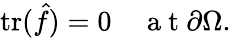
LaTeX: \mathrm{tr}(\hat{f})=0\quad\mathrm{~a~t~}\partial\Omega.